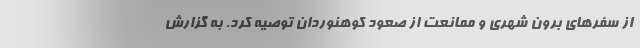
از سفرهای برون شهری و ممانعت از صعود کوهنوردان توصیه کرد. به گزارش